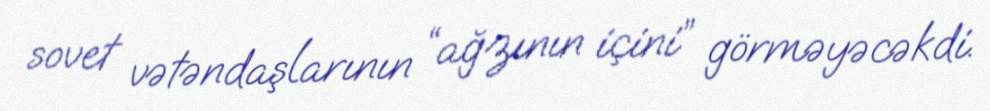
sovet vətəndaşlarının “ağzının içini” görməyəcəkdi.